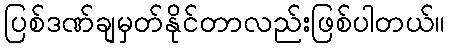
ပြစ်ဒဏ်ချမှတ်နိုင်တာလည်းဖြစ်ပါတယ်။